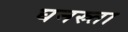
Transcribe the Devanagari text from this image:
घनस्र्ता